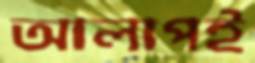
আলাপই